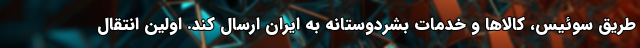
طریق سوئیس، کالاها و خدمات بشردوستانه به ایران ارسال کند. اولین انتقال